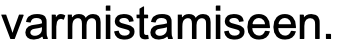
varmistamiseen.